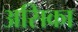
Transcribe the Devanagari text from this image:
असिका